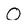
Character: O